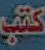
كتب